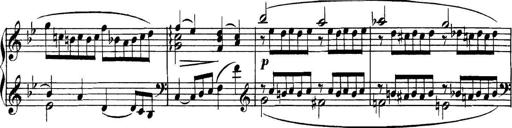
Title: Collected Piano Sonatas
Composer: Muzio Clementi